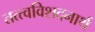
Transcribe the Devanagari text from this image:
तत्त्वविशदनार्थ